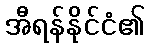
အီရန်နိုင်ငံ၏